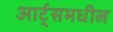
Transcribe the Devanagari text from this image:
आर्ट्‌समधील